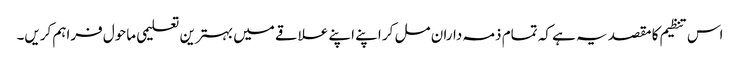
اس تنظیم کا مقصد یہ ہے کہ تمام ذمہ داران مل کر اپنے اپنے علاقے میں بہترین تعلیمی ماحول فراہم کریں۔